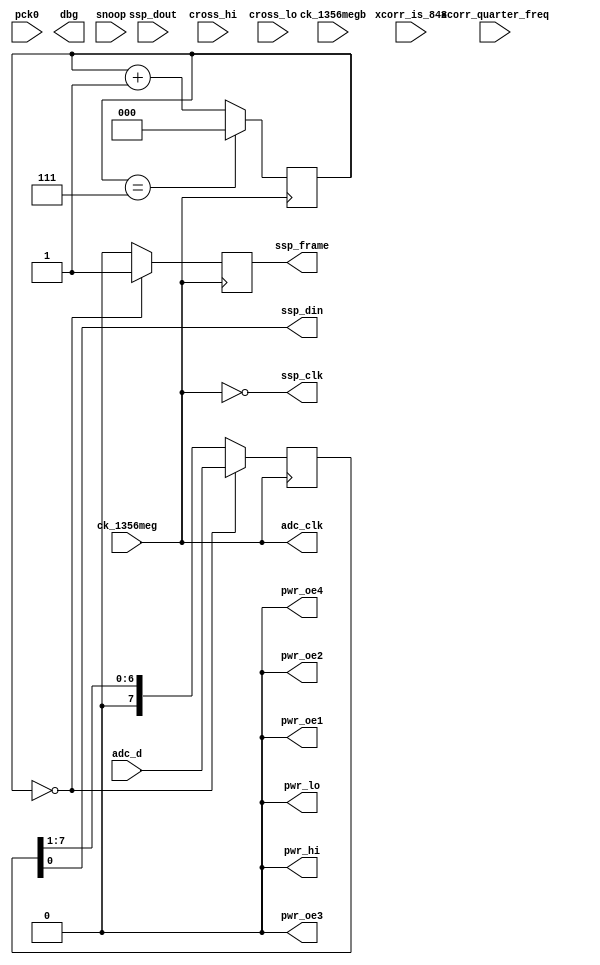
module hi_sniffer(
    pck0, ck_1356meg, ck_1356megb,
    pwr_lo, pwr_hi, pwr_oe1, pwr_oe2, pwr_oe3, pwr_oe4,
    adc_d, adc_clk,
    ssp_frame, ssp_din, ssp_dout, ssp_clk,
    cross_hi, cross_lo,
    dbg,
    xcorr_is_848, snoop, xcorr_quarter_freq // not used.
);
    input pck0, ck_1356meg, ck_1356megb;
    output pwr_lo, pwr_hi, pwr_oe1, pwr_oe2, pwr_oe3, pwr_oe4;
    input [7:0] adc_d;
    output adc_clk;
    input ssp_dout;
    output ssp_frame, ssp_din, ssp_clk;
    input cross_hi, cross_lo;
    output dbg;
    input xcorr_is_848, snoop, xcorr_quarter_freq; // not used.

// We are only snooping, all off.
assign pwr_hi  = 1'b0;
assign pwr_lo  = 1'b0;
assign pwr_oe1 = 1'b0;
assign pwr_oe2 = 1'b0;
assign pwr_oe3 = 1'b0;
assign pwr_oe4 = 1'b0;

reg ssp_frame;
reg [7:0] adc_d_out = 8'd0;
reg [2:0] ssp_cnt = 3'd0;

assign adc_clk = ck_1356meg;
assign ssp_clk = ~ck_1356meg;

always @(posedge ssp_clk)
begin
    if(ssp_cnt[2:0] == 3'd7)
        ssp_cnt[2:0] <= 3'd0;
    else
        ssp_cnt <= ssp_cnt + 1;

    if(ssp_cnt[2:0] == 3'b000) // set frame length
        begin
            adc_d_out[7:0] <= adc_d;
            ssp_frame <= 1'b1;
        end
    else
        begin
            adc_d_out[7:0] <= {1'b0, adc_d_out[7:1]};
            ssp_frame <= 1'b0;
        end

end

assign ssp_din = adc_d_out[0];

endmodule